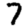
Digit: 7